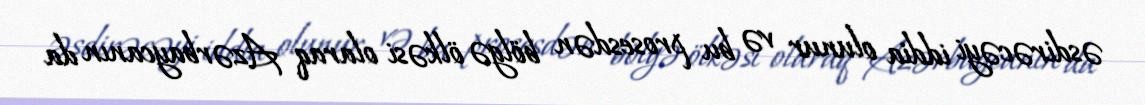
əsdirəcəyi iddia olunur və bu prosesdən bölgə ölkəsi olaraq Azərbaycanın da